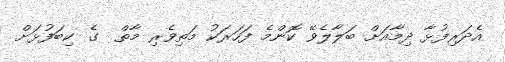
އެދަރިފުޅާ ދިމާއަށް ބަލާލެވޭ ކޮންމެ ފަހަރަކު މަތިވެރި މާތް  ގެ ކިބަފުޅަށް